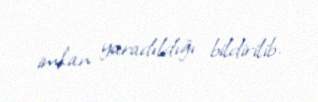
imkan yaradıldığı bildirilib.